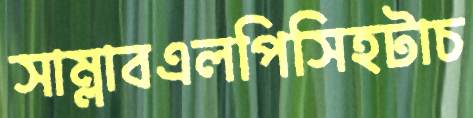
সাম্‌লাবএলপিসিহটাচ